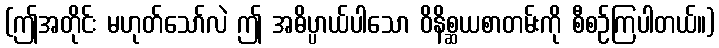
(ဤအတိုင်း မဟုတ်သော်လဲ ဤ အဓိပ္ပာယ်ပါသော ဝိနိစ္ဆယစာတမ်းကို စီစဉ်ကြပါတယ်။)